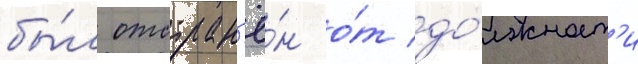
бы́л отстран'ё́н о́т до́лжност'и